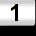
Digit: 1